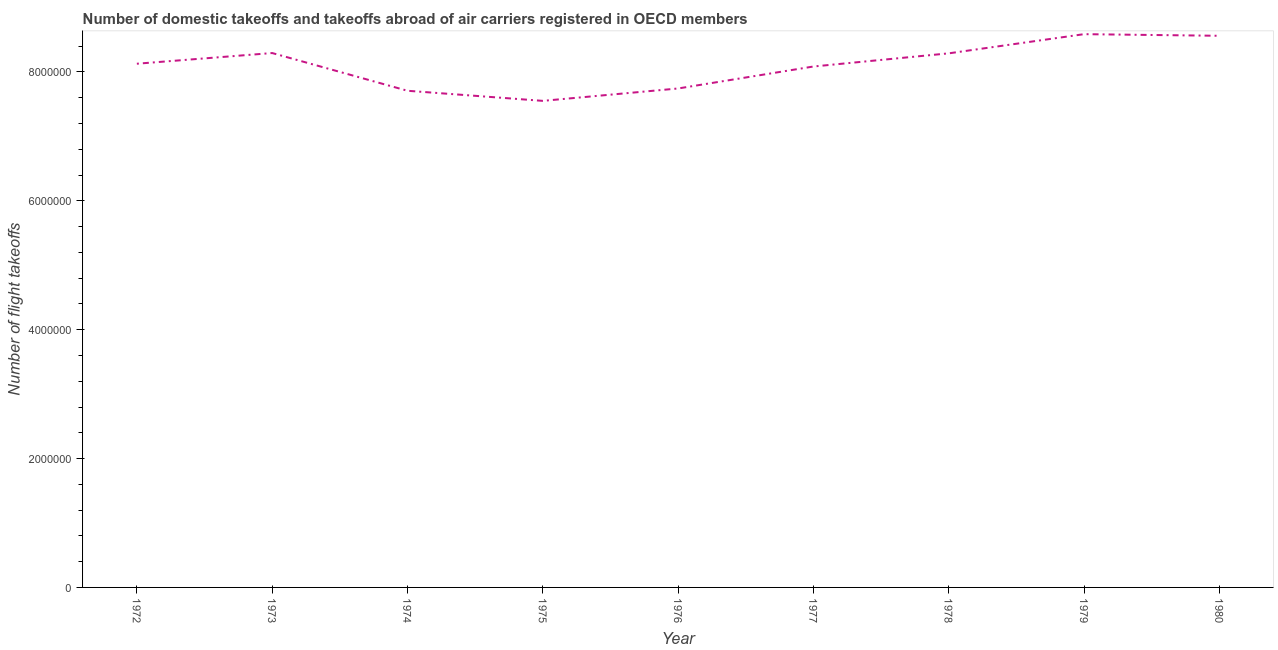
| Year | Air transport |
 | --- | --- |
 | 1972 | 8.13e+06 |
 | 1973 | 8.29e+06 |
 | 1974 | 7.71e+06 |
 | 1975 | 7.55e+06 |
 | 1976 | 7.74e+06 |
 | 1977 | 8.08e+06 |
 | 1978 | 8.29e+06 |
 | 1979 | 8.59e+06 |
 | 1980 | 8.56e+06 |